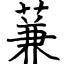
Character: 蒹